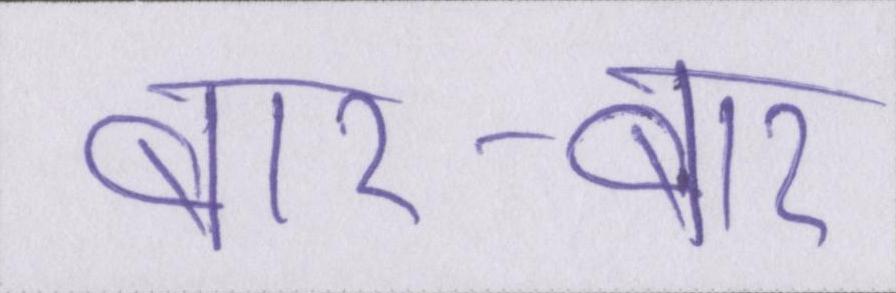
बार-बार